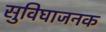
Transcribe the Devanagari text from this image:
सुविघाजनक